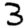
Digit: 3